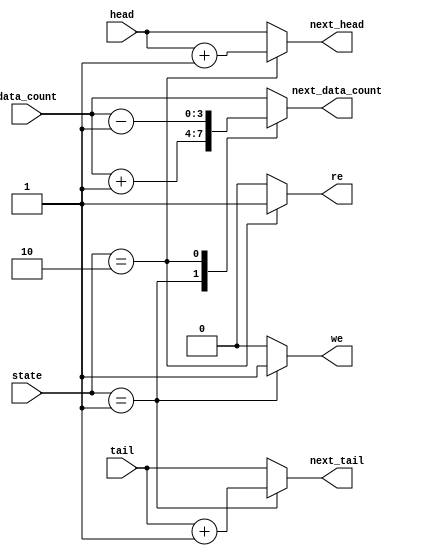
module fifo_cal(state, data_count, head, tail, re, we, next_data_count, next_head, next_tail);	//fifo_cal
	input [2:0] state, head, tail;				// 3bits 3 inputs
	input [3:0] data_count;							// 4bits input
	output reg re,we;									// 2 output, reg 
	output reg [3:0] next_data_count;			// 4bits output,reg
	output reg [2:0] next_head, next_tail;		// 3bits output reg
	
	parameter IDLE 	 = 3'b000;					// define IDLE     = 000
	parameter WRITE 	 = 3'b001;					// define WRITE    = 001
	parameter READ 	 = 3'b010;					// define READ     = 010
	parameter WR_ERROR = 3'b011;					// define WR_ERROR = 011
	parameter RD_ERROR = 3'b100;					// define RD_ERROR = 100

	always@(state, head, tail, data_count, we, re)
		begin
			case(state)													// case
			IDLE :														// when state is IDLE 
				begin
					next_tail <= tail;								// tail, head, data_count not change
					next_head <= head;
					next_data_count <= data_count;
					we <= 1'b0;											// write enable, read enable = 0
					re <= 1'b0;
				end
			WRITE : 														// when state is WRITE
				begin
					next_tail <= tail + 3'b001;					// tail +1, data count +1
					next_head <= head;
					next_data_count <= data_count + 4'b0001;
					we <= 1'b1;											// we =1, re =0
					re <= 1'b0;
				end
				
			READ : 														// when state is READ
				begin
					next_tail <= tail;								// head +1
					next_head <= head + 3'b001;
					next_data_count <= data_count - 4'b0001;	// data count +1
					re <= 1'b1;											// re=1, we=0
					we <= 1'b0;
				end	
			default : 													// when default
				begin
					next_tail <= tail;								// keep every previous value
					next_head <= head;
					next_data_count <= data_count;
					re <= 1'b0;											// re, we=0
					we <= 1'b0;
				end
			endcase
		end
	
			
endmodule